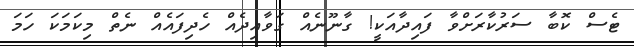
ޓެސް ކޮބާ ސަރުކާރަށްވާ ފައިދާއަކީ! ގާނޫނެއް ގަވާއިދެއް ހެދިފައެއް ނެތް މިކަމަކަ ހަމަ